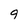
Character: 9